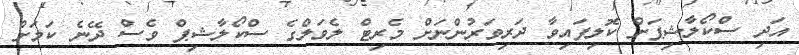
އަދި ސްކޯލާޝިޕަށް ކޮލިފައިވާ ދަރިވަރުންނަށް މެރިޓް ލެވަލްގެ ސްކޯލާޝިޕް ވެސް ދޭނެ ކަމަށް